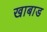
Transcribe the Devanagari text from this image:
खाबाड